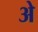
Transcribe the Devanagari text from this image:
अे